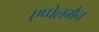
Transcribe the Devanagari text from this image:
एप्पेलमैन